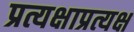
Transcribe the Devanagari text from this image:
प्रत्यक्षाप्रत्यक्ष